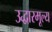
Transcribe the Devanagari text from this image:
उद्धारमूल्य